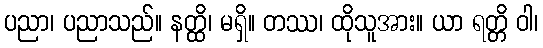
ပညာ၊ ပညာသည်။ နတ္ထိ၊ မရှိ။ တဿ၊ ထိုသူအား။ ယာ ရတ္တိ ဝါ၊